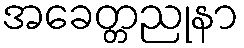
အခေတ္တညုနာ